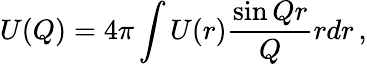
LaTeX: U(Q)=4\pi\int U(r)\frac{\sin Qr}{Q}rdr\, ,